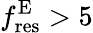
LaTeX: f_{\mathrm{res}}^{\mathrm{E}}>5